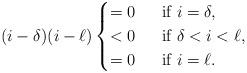
LaTeX: \begin{align*}(i-\delta)(i-\ell)\begin{cases}=0\;&\mbox{ if } i=\delta,\\<0\;&\mbox{ if } \delta<i<\ell,\\=0\;&\mbox{ if } i=\ell.\end{cases}\end{align*}